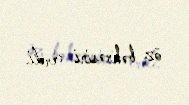
öz bəhrəsini verdi.